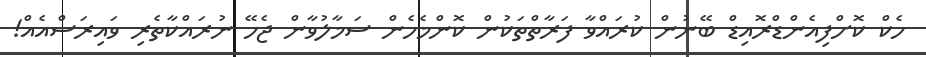
ހެކް ކޮށްފިއެންޑްރޮއިޑް ބޭނުން ކުރައްވާ ފަރާތްތަކުން ކޮންމެހެން ސަމާލުވާން ޖެހޭ ނުރައްކާތެރި ވައިރަސްއެއް!